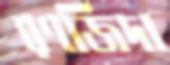
রণজিদা